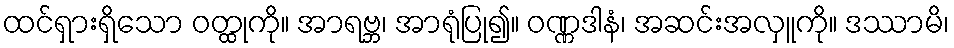
ထင်ရှားရှိသော ဝတ္ထုကို။ အာရဗ္ဘ၊ အာရုံပြု၍။ ဝဏ္ဏဒါနံ၊ အဆင်းအလှူကို။ ဒဿာမိ၊